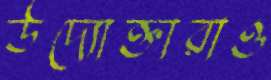
উদ্যোক্তারাও